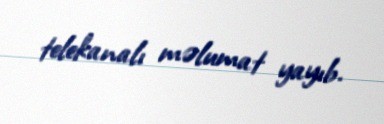
telekanalı məlumat yayıb.